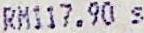
RM117.90 S